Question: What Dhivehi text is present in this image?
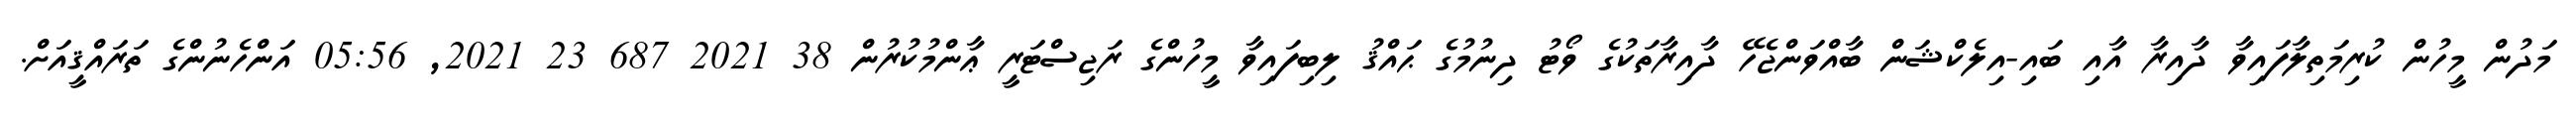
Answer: މަދުން މީހުން ކުރިމަތިލާފައިވާ ދާއިރާ އާއި ބައި-އިލެކްޝަން ބާއްވަންޖެހޭ ދާއިރާތަކުގެ ވޯޓު ދިނުމުގެ ޙައްޤު ލިބިފައިވާ މީހުންގެ ރަޖިސްޓަރީ ޢާންމުކުރުން 38 2021 687 23 2021, 05:56 އަންހެނުންގެ ތަރައްޤީއަށް.